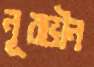
নূরভীন